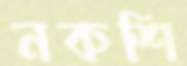
নকশি